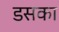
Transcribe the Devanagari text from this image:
डसका